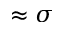
\approx \sigma